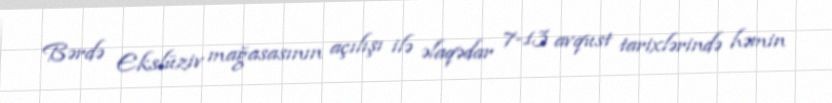
Bərdə Ekslüziv mağasasının açılışı ilə əlaqədar 7-13 avqust tarixlərində həmin